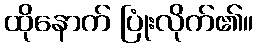
ထိုနောက် ပြုံးလိုက်၏။